Note on the mental hospitals in Burma - 1925-1940
Year: 1925
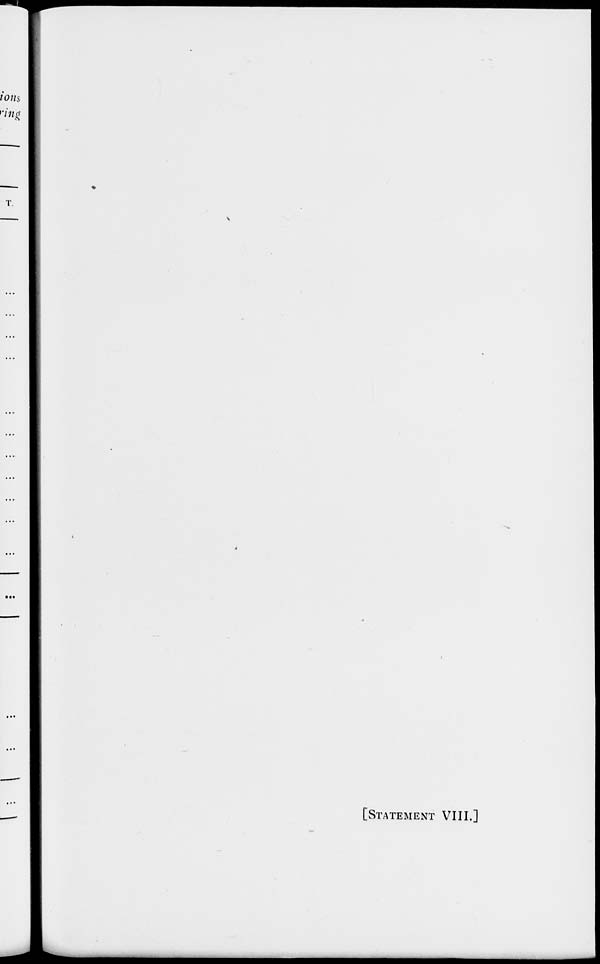
[STATEMENT VIII.]